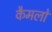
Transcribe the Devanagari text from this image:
कैमलों